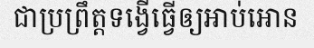
ជាប្រព្រឹត្តទង្វើធ្វើឲ្យអាប់អោន